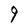
Character: 9